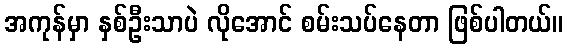
အကုန်မှာ နှစ်ဦးသာပဲ လိုအောင် စမ်းသပ်နေတာ ဖြစ်ပါတယ်။